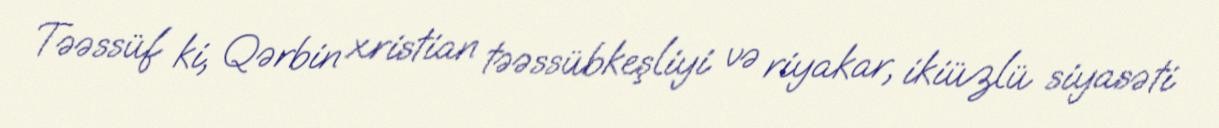
Təəssüf ki, Qərbin xristian təəssübkeşliyi və riyakar, ikiüzlü siyasəti